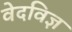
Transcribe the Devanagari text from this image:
वेदविज्ञ